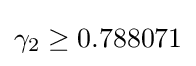
\gamma _{2}\geq 0.788071